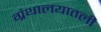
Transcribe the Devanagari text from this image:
ग्रंथालयातली